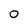
Character: 0